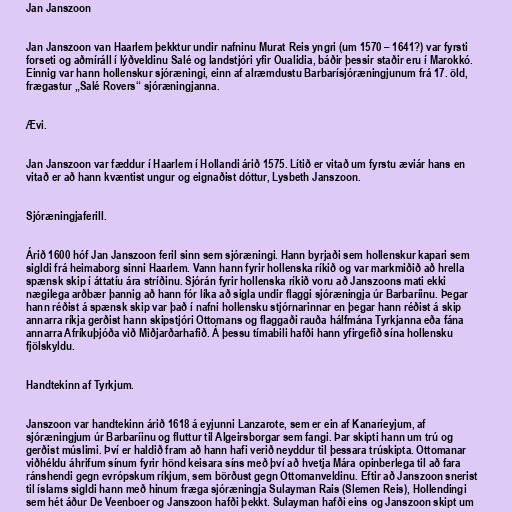
Jan Janszoon

Jan Janszoon van Haarlem þekktur undir nafninu Murat Reis yngri (um 1570 – 1641?) var fyrsti
forseti og aðmíráll í lýðveldinu Salé og landstjóri yfir Oualidia, báðir þessir staðir eru í Marokkó.
Einnig var hann hollenskur sjóræningi, einn af alræmdustu Barbarísjóræningjunum frá 17. öld,
frægastur „Salé Rovers“ sjóræningjanna.

Ævi.

Jan Janszoon var fæddur í Haarlem í Hollandi árið 1575. Lítið er vitað um fyrstu æviár hans en
vitað er að hann kvæntist ungur og eignaðist dóttur, Lysbeth Janszoon.

Sjóræningjaferill.

Árið 1600 hóf Jan Janszoon feril sinn sem sjóræningi. Hann byrjaði sem hollenskur kapari sem
sigldi frá heimaborg sinni Haarlem. Vann hann fyrir hollenska ríkið og var markmiðið að hrella
spænsk skip í áttatíu ára stríðinu. Sjórán fyrir hollenska ríkið voru að Janszoons mati ekki
nægilega arðbær þannig að hann fór líka að sigla undir flaggi sjóræningja úr Barbaríinu. Þegar
hann réðist á spænsk skip var það í nafni hollensku stjórnarinnar en þegar hann réðist á skip
annarra ríkja gerðist hann skipstjóri Ottomans og flaggaði rauða hálfmána Tyrkjanna eða fána
annarra Afríkuþjóða við Miðjarðarhafið. Á þessu tímabili hafði hann yfirgefið sína hollensku
fjölskyldu.

Handtekinn af Tyrkjum.

Janszoon var handtekinn árið 1618 á eyjunni Lanzarote, sem er ein af Kanaríeyjum, af
sjóræningjum úr Barbaríinu og fluttur til Algeirsborgar sem fangi. Þar skipti hann um trú og
gerðist múslimi. Því er haldið fram að hann hafi verið neyddur til þessara trúskipta. Ottomanar
viðhéldu áhrifum sínum fyrir hönd keisara síns með því að hvetja Mára opinberlega til að fara
ránshendi gegn evrópskum ríkjum, sem börðust gegn Ottomanveldinu. Eftir að Janszoon snerist
til íslams sigldi hann með hinum fræga sjóræningja Sulayman Rais (Slemen Reis), Hollendingi
sem hét áður De Veenboer og Janszoon hafði þekkt. Sulayman hafði eins og Janszoon skipt um